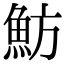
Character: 魴